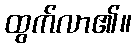
ထွက်လာ၏။